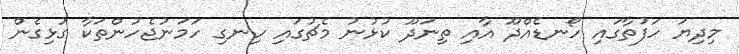
މިދިޔަ ހަފުތާގައި ހޯނޑެއްދޫ އާއި ތިނަދޫ ކުޅުނު މެޗުގައި ހިނގި ހަމަނުޖެހުންތަކާ ގުޅިގެން